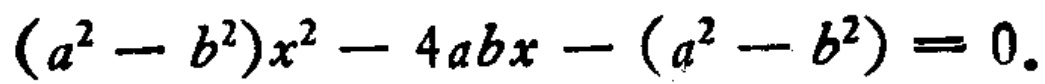
\((a^{2}-b^{2})x^{2}-4abx-(a^{2}-b^{2}) = 0\)